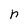
Character: r